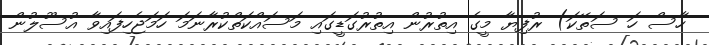
ހާސް ހަ ސަތޭކަ) ރުފިޔާ މީގެ އިތުރުން އިތުރުގަޑީގައި މަސައްކަތްކުރާނަމަ ހަމަޖެހިފައިވާ އުސޫލުން